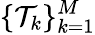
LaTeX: \{ \mathcal{T}_{k}\} _{k=1}^{M}